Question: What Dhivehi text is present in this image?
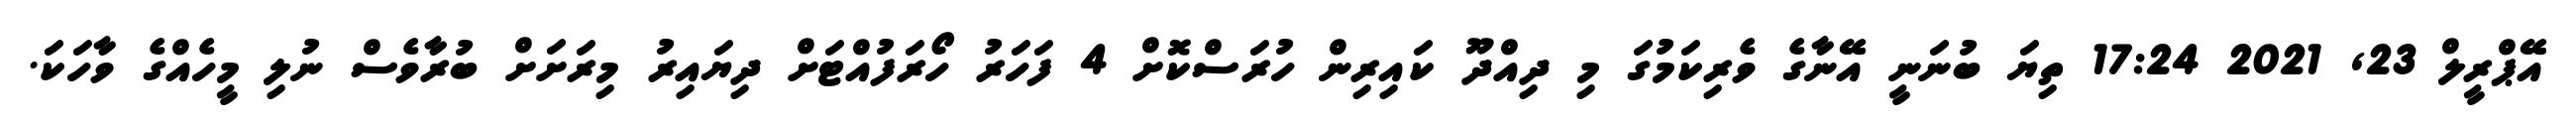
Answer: އޭޕްރީލް 23, 2021 17:24 ތިޔަ ބުނަނީ އޭނާގެ ވެރިކަމުގަ މި ދިއްދޫ ކައިރިން ހުރަސްކޮށް 4 ފަހަރު ހޯރަފުއްޓަށް ދިޔައިރު މިރަށަށް ބުރާވެސް ނުލި މީހެއްގެ ވާހަކަ.